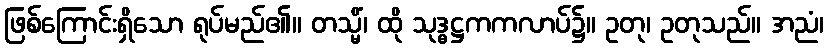
ဖြစ်ကြောင်းရှိသော ရုပ်မည်၏။ တသ္မိံ၊ ထို သုဒ္ဓဋ္ဌကကလာပ်၌။ ဥတု၊ ဥတုသည်။ အညံ၊